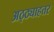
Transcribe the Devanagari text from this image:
अठ्ठ्याहत्तर